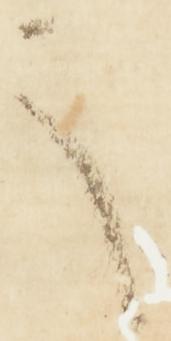
言